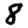
Digit: 8